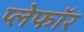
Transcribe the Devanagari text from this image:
प्लेफॉर